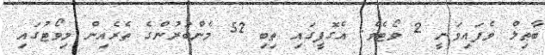
ބާޠިލް ވެފައިވަނީ 2 ވޯޓެވެ. އެގޮފީގައި ތިބި 52 މެންބަރުންގެ ތެރެއިން މިވޯޓުގައި